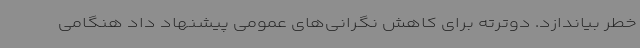
خطر بیاندازد. دوترته برای کاهش نگرانی‌های عمومی پیشنهاد داد هنگامی